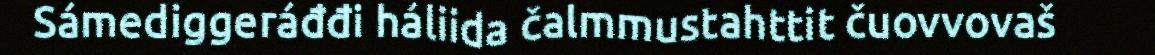
Sámediggeráđđi háliida čalmmustahttit čuovvovaš